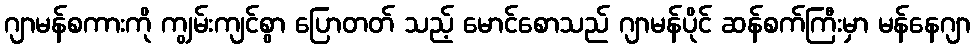
ဂျာမန်စကားကို ကျွမ်းကျင်စွာ ပြောတတ် သည့် မောင်စောသည် ဂျာမန်ပိုင် ဆန်စက်ကြီးမှာ မန်နေဂျာ